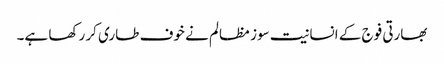
بھارتی فوج کے انسانیت سوز مظالم نے خوف طاری کر رکھا ہے۔